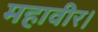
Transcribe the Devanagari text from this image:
महावीर।